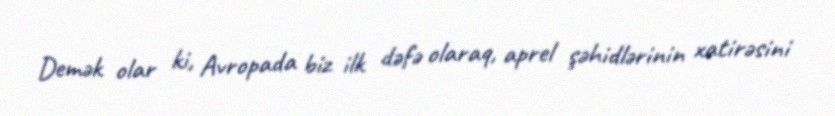
Demək olar ki, Avropada biz ilk dəfə olaraq, aprel şəhidlərinin xatirəsini